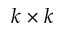
k \times k